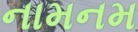
નામનમ